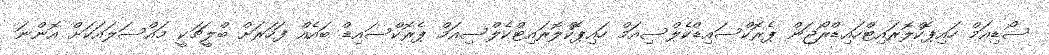
ސޯޑިއަމް ހައިޕޮކްލޮރައިޓްހައިޑްރޯޖަން ޕެރޮކްސައިޑްކެލްސިއަމް ހައިޕޮކްލޮރައިޓްކެލްސިއަމް ޕެރޮކްސައިޑް ބައެއް ފަހަރަށް ބްލީޗަކީ މައްސަލައަކަށް އޮންނަ